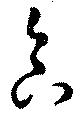
合